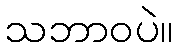
သဘာဝပဲ။